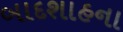
બાદશાહના